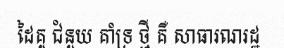
ដៃគូ ជំនួយ គាំទ្រ ថ្មី គឺ សាធារណរដ្ឋ